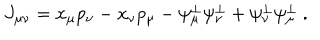
J _ { \mu \nu } = x _ { \mu } p _ { \nu } - x _ { \nu } p _ { \mu } - \psi _ { \mu } ^ { \perp } \psi _ { \nu } ^ { \perp } + \psi _ { \nu } ^ { \perp } \psi _ { \mu } ^ { \perp } \ .